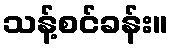
သန့်စင်ခန်း။